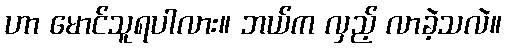
ဟာ မောင်သူရပါလား။ ဘယ်က လှည့် လာခဲ့သလဲ။